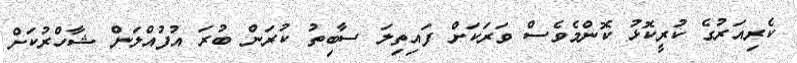
ކެރިއަރުގެ ކުރީކޮޅު ކޮންމެވެސް ވަރަކަށް ފައިތިލަ ސާބިތު ކުރަން ބުރަ އުފުއްލަން ޝާހްރުކަށް